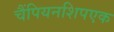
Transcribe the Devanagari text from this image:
चैंपियनशिपएक